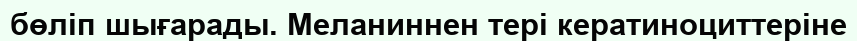
бөліп шығарады. Меланиннен тері кератиноциттеріне